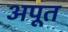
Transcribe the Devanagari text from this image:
अपूत